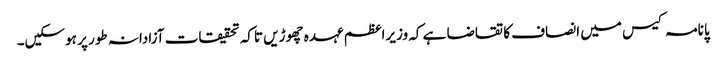
پانامہ کیس میں انصاف کا تقاضا ہے کہ وزیراعظم عہدہ چھوڑیں تاکہ تحقیقات آزادانہ طور پر ہوسکیں۔